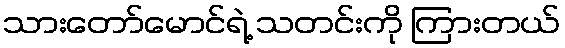
သားတော်မောင်ရဲ့ သတင်းကို ကြားတယ်